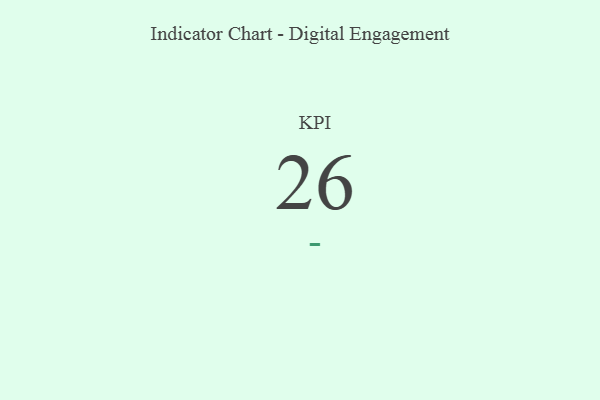
{"axis": {"x": "KPI", "y": "Value"}, "legend": [""], "data": [{"x": "KPI", "y": 26, "type": ""}]}